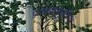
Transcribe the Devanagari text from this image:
प्रणयानुभूतियों